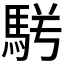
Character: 𩢣